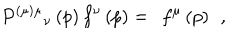
P ^ { ( \mu ) \mu } { } _ { \nu } \left( p \right) f ^ { \nu } \left( p \right) = \; \, f ^ { \mu } \left( p \right) \; \, ,